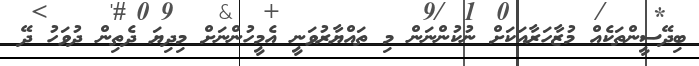
ބިދޭސީންތަކެއް މުޒާހަރާއަކަށް ނުކުންނަން މި ތައްޔާރުވަނީ އެމީހުންނަށް މިދިޔަ ދެތިން ދުވަހު ދޭ